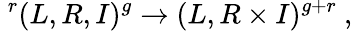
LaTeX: \ ^{r}(L,R,I)^{g}\to(L,R\times I)^{g+r}\ ,